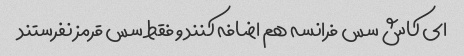
ای کاش سس فرانسه هم اضافه کنند و فقط سس قرمز نفرستند